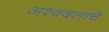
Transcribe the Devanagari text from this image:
अश्वदलाचे